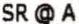
SR @ A